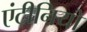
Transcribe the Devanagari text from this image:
एंटीनियो